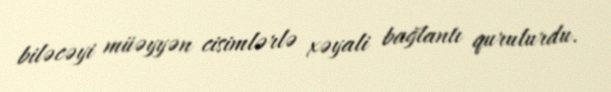
biləcəyi müəyyən cisimlərlə xəyali bağlantı qurulurdu.